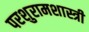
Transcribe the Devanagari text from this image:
परशुरामशास्त्री